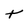
Character: t